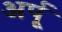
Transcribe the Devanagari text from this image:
अर्पू